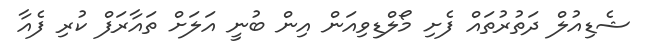
ޝެޑިއުލް ދަތުރުތައް ފެށި މޯލްޑިވިއަން އިން ބުނީ އަލަށް ތައާރަފް ކުރި ފެއާ